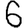
Digit: 6